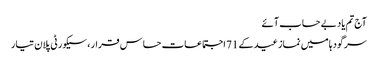
آج تم یاد بے حساب آئے
سرگودہا میں نماز عید کے 71 اجتماعات حساس قرار ، سیکورٹی پلان تیار